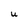
Character: u